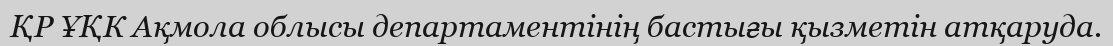
ҚР ҰҚК Ақмола облысы департаментінің бастығы қызметін атқаруда.